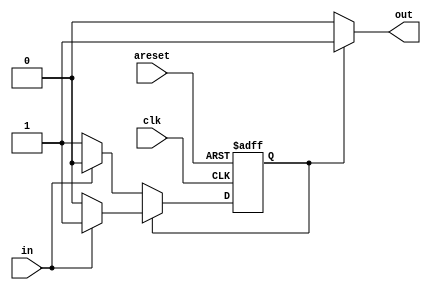
module top_module(
    input clk,
    input areset,    // Asynchronous reset to state B
    input in,
    output out);//  

    parameter A=0, B=1; 
    reg state, next_state;

    always @(*) begin   // This is a combinational always bloc
        if (state == B)
            begin
        		if (in)
           		 	next_state <= B;
        		else
            		next_state <= A;
            end
        
        else
            begin
        		if (in)
           		 	next_state <= A;
        		else
            		next_state <= B;
            end 
    end

    always @(posedge clk or posedge areset) begin    // This is a sequential always block
        if (areset)
            state <= B;
        else
        	state <= next_state;
    end

    // Output logic
    assign out = (state == A) ? 0 : 1;

endmodule